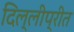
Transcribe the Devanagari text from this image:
दिल्लीप्रीत